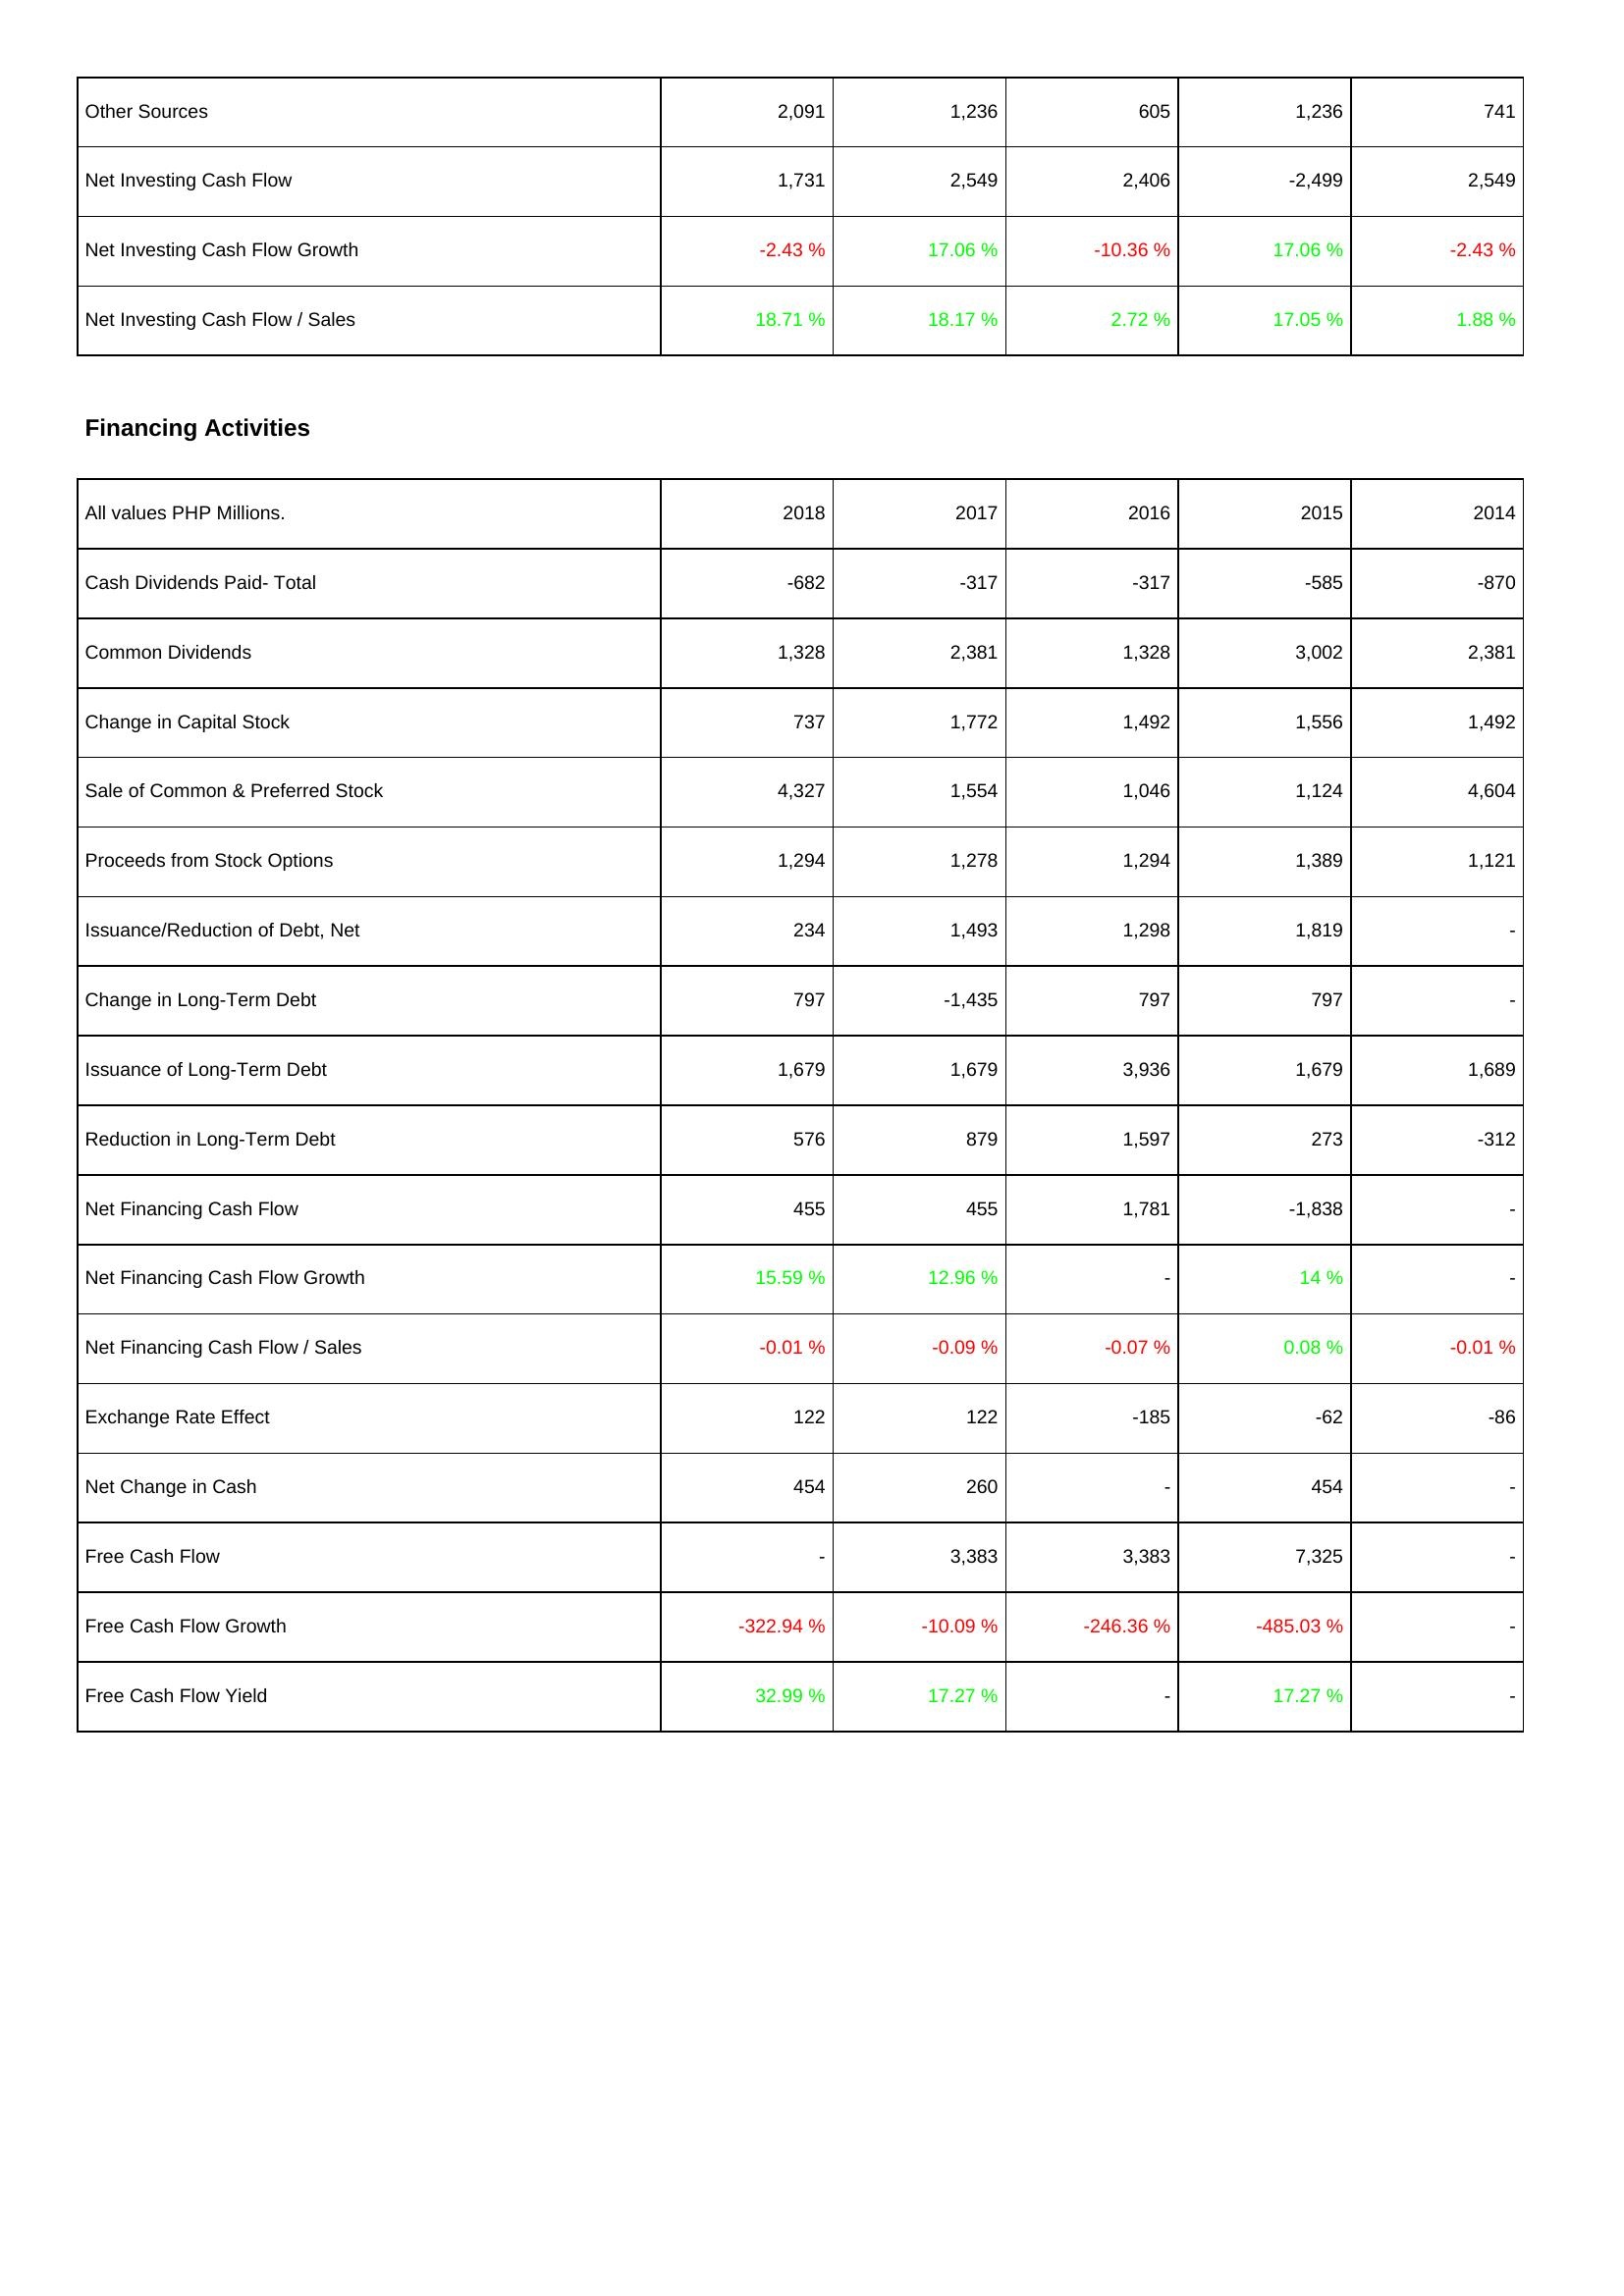
2018: Investing Activities: Other Sources: 2,091
Net Investing Cash Flow: 1,731
Net Investing Cash Flow Growth: -2.43 %
Net Investing Cash Flow / Sales: 18.71 %
Financing Activities: Cash Dividends Paid- Total: -682
Common Dividends: 1,328
Change in Capital Stock: 737
Sale of Common & Preferred Stock: 4,327
Proceeds from Stock Options: 1,294
Issuance/Reduction of Debt, Net: 234
Change in Long-Term Debt: 797
Issuance of Long-Term Debt: 1,679
Reduction in Long-Term Debt: 576
Net Financing Cash Flow: 455
Net Financing Cash Flow Growth: 15.59 %
Net Financing Cash Flow / Sales: -0.01 %
Exchange Rate Effect: 122
Net Change in Cash: 454
Free Cash Flow: -
Free Cash Flow Growth: -322.94 %
Free Cash Flow Yield: 32.99 %
2017: Investing Activities: Other Sources: 1,236
Net Investing Cash Flow: 2,549
Net Investing Cash Flow Growth: 17.06 %
Net Investing Cash Flow / Sales: 18.17 %
Financing Activities: Cash Dividends Paid- Total: -317
Common Dividends: 2,381
Change in Capital Stock: 1,772
Sale of Common & Preferred Stock: 1,554
Proceeds from Stock Options: 1,278
Issuance/Reduction of Debt, Net: 1,493
Change in Long-Term Debt: -1,435
Issuance of Long-Term Debt: 1,679
Reduction in Long-Term Debt: 879
Net Financing Cash Flow: 455
Net Financing Cash Flow Growth: 12.96 %
Net Financing Cash Flow / Sales: -0.09 %
Exchange Rate Effect: 122
Net Change in Cash: 260
Free Cash Flow: 3,383
Free Cash Flow Growth: -10.09 %
Free Cash Flow Yield: 17.27 %
2016: Investing Activities: Other Sources: 605
Net Investing Cash Flow: 2,406
Net Investing Cash Flow Growth: -10.36 %
Net Investing Cash Flow / Sales: 2.72 %
Financing Activities: Cash Dividends Paid- Total: -317
Common Dividends: 1,328
Change in Capital Stock: 1,492
Sale of Common & Preferred Stock: 1,046
Proceeds from Stock Options: 1,294
Issuance/Reduction of Debt, Net: 1,298
Change in Long-Term Debt: 797
Issuance of Long-Term Debt: 3,936
Reduction in Long-Term Debt: 1,597
Net Financing Cash Flow: 1,781
Net Financing Cash Flow Growth: -
Net Financing Cash Flow / Sales: -0.07 %
Exchange Rate Effect: -185
Net Change in Cash: -
Free Cash Flow: 3,383
Free Cash Flow Growth: -246.36 %
Free Cash Flow Yield: -
2015: Investing Activities: Other Sources: 1,236
Net Investing Cash Flow: -2,499
Net Investing Cash Flow Growth: 17.06 %
Net Investing Cash Flow / Sales: 17.05 %
Financing Activities: Cash Dividends Paid- Total: -585
Common Dividends: 3,002
Change in Capital Stock: 1,556
Sale of Common & Preferred Stock: 1,124
Proceeds from Stock Options: 1,389
Issuance/Reduction of Debt, Net: 1,819
Change in Long-Term Debt: 797
Issuance of Long-Term Debt: 1,679
Reduction in Long-Term Debt: 273
Net Financing Cash Flow: -1,838
Net Financing Cash Flow Growth: 14 %
Net Financing Cash Flow / Sales: 0.08 %
Exchange Rate Effect: -62
Net Change in Cash: 454
Free Cash Flow: 7,325
Free Cash Flow Growth: -485.03 %
Free Cash Flow Yield: 17.27 %
2014: Investing Activities: Other Sources: 741
Net Investing Cash Flow: 2,549
Net Investing Cash Flow Growth: -2.43 %
Net Investing Cash Flow / Sales: 1.88 %
Financing Activities: Cash Dividends Paid- Total: -870
Common Dividends: 2,381
Change in Capital Stock: 1,492
Sale of Common & Preferred Stock: 4,604
Proceeds from Stock Options: 1,121
Issuance/Reduction of Debt, Net: -
Change in Long-Term Debt: -
Issuance of Long-Term Debt: 1,689
Reduction in Long-Term Debt: -312
Net Financing Cash Flow: -
Net Financing Cash Flow Growth: -
Net Financing Cash Flow / Sales: -0.01 %
Exchange Rate Effect: -86
Net Change in Cash: -
Free Cash Flow: -
Free Cash Flow Growth: -
Free Cash Flow Yield: -